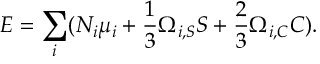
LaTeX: E = \sum _ { i } ( N _ { i } \mu _ { i } + { \frac { 1 } { 3 } } \Omega _ { i , S } S + { \frac { 2 } { 3 } } \Omega _ { i , C } C ) .